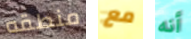
منطقه مع أنه